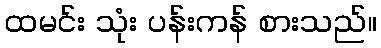
ထမင်း သုံး ပန်းကန် စားသည်။